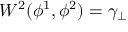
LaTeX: W ^ { 2 } ( \phi ^ { 1 } , \phi ^ { 2 } ) = \gamma _ { \perp }